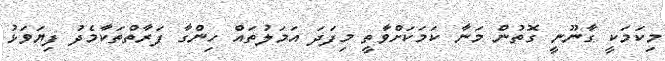
މިކަމަކީ ގާނޫނީ ގޮތުން މަނާ ކަމަކަށްވާތީ މިފަދަ އަމަލުތައް ހިންގާ ފަރާތްތަކާމެދު ފިޔަވަޅު